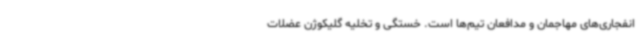
انفجاری‌های مهاجمان و مدافعان تیم‌ها است. خستگی و تخلیه گلیکوژن عضلات